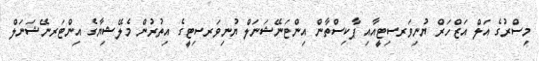
މިސްރުގެ އަލް އަޒްހަރް ޔުނިވަރސިޓީއާއި ޕާކިސްތާން އިންޓަނޭޝަނަލް ޔުނިވަރސިޓީގެ އިތުރުން މެލޭޝިޔާގެ އިންޓަރނޭޝަނަލް